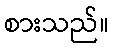
စားသည်။